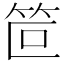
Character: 笸